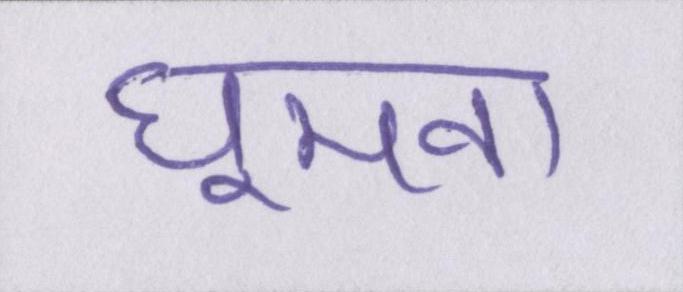
घूमना